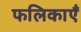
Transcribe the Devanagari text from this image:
फलिकाएँ